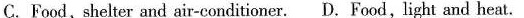
C.Food，shelter and air-conditioner D. Food , light and heat.